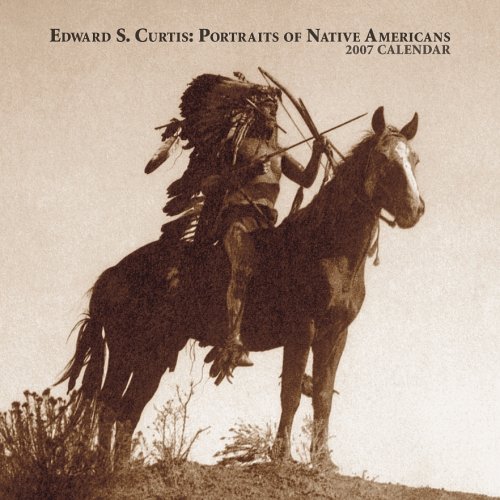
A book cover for Edward S. Curtis 2007 Calendar: Portraits of Native Americans; Calendars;